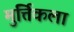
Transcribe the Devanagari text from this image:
मुर्त्तिकला